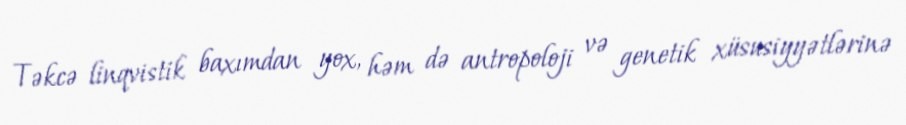
Təkcə linqvistik baxımdan yox, həm də antropoloji və genetik xüsusiyyətlərinə